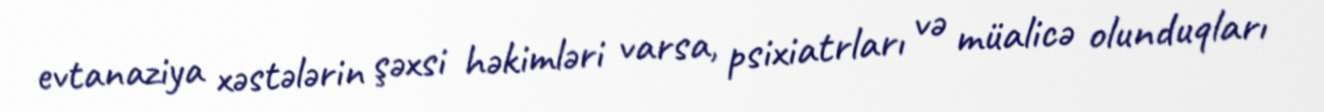
evtanaziya xəstələrin şəxsi həkimləri varsa, psixiatrları və müalicə olunduqları